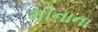
મીનાના